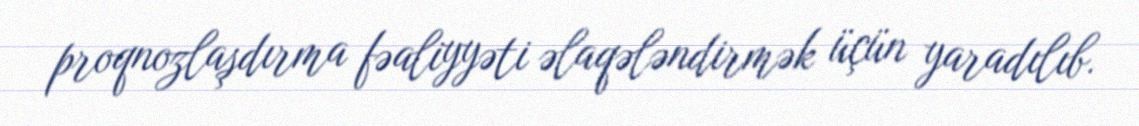
proqnozlaşdırma fəaliyyəti əlaqələndirmək üçün yaradılıb.